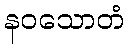
နဝသောတံ